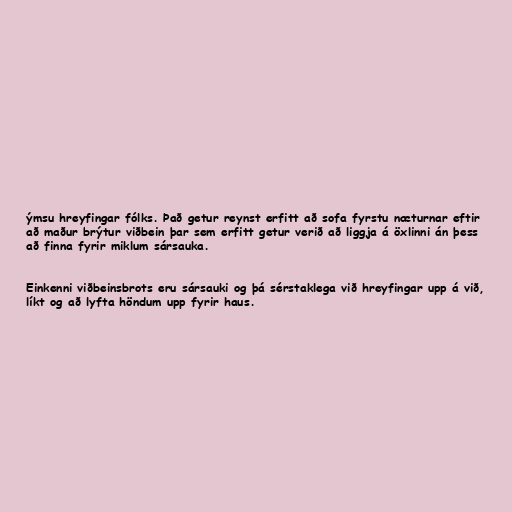
ýmsu hreyfingar fólks. Það getur reynst erfitt að sofa fyrstu næturnar eftir
að maður brýtur viðbein þar sem erfitt getur verið að liggja á öxlinni án þess
að finna fyrir miklum sársauka.

Einkenni viðbeinsbrots eru sársauki og þá sérstaklega við hreyfingar upp á við,
líkt og að lyfta höndum upp fyrir haus.